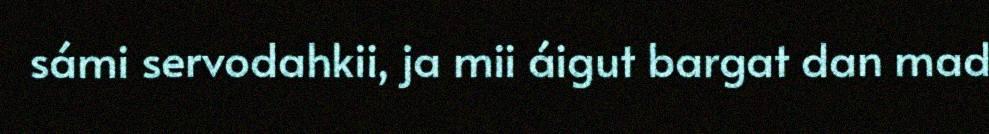
sámi servodahkii, ja mii áigut bargat dan mad